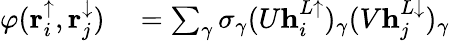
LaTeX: \begin{array}{rl}{\varphi(\mathbf{r}_{i}^{\uparrow},\mathbf{r}_{j}^{\downarrow})}&{{}=\sum_{\gamma}\sigma_{\gamma}(U\mathbf{h}_{i}^{L\uparrow})_{\gamma}(V\mathbf{h}_{j}^{L\downarrow})_{\gamma}}\end{array}